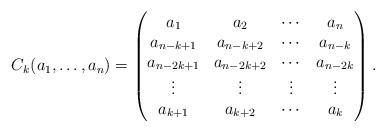
LaTeX: \begin{align*}C_k(a_1,\ldots,a_n)=\begin{pmatrix}a_1 & a_2 &\cdots& a_n\\a_{n-k+1}& a_{n-k+2}& \cdots & a_{n-k}\\a_{n-2k+1}& a_{n-2k+2}& \cdots & a_{n-2k}\\\vdots & \vdots & \vdots &\vdots \\a_{k+1} & a_{k+2} &\cdots & a_k\end{pmatrix}.\end{align*}